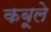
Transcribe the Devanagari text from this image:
कबूले